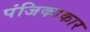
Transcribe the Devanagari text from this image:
पंजिकाकार